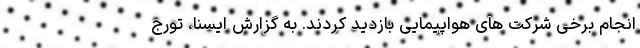
انجام برخی شرکت های هواپیمایی بازدید کردند. به گزارش ایسنا، تورج